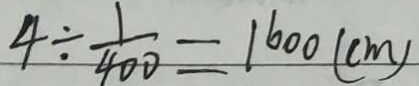
4 \div \frac { 1 } { 4 0 0 } = 1 6 0 0 ( c m )